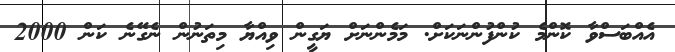
އެއްބަަސްވާ ކޮންމެ ކުންފުންނަކަށް. މަމެންނަށް ޔަގީން ވިއްޔާ މިތަނުން ނެގޭނެ ކަން 2000